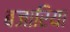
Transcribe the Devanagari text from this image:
बजारिया